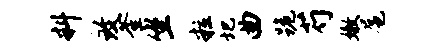
料致釜坐粒圯曲跪芍嫩扈